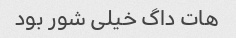
هات داگ خیلی شور بود